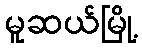
မူဆယ်မြို့